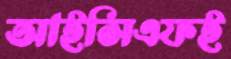
আইসিএফই